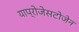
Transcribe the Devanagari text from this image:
याप्रोजेसटोजेन